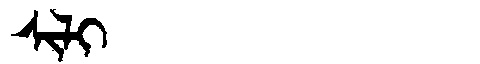
Manchu: ᠰᡳᠯᡳ
Romanization: SILI